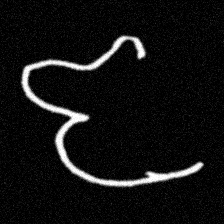
Pyu character \u2014 Myanmar letter: ဇ (romanized: ja)